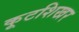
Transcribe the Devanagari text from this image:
कूटशिखर